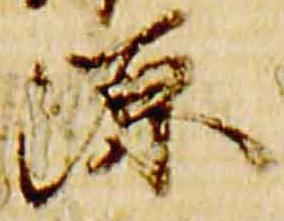
源